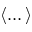
\langle \dots \rangle